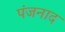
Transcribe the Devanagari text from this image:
पंजनाद